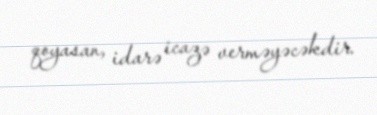
qoyasan, idarə icazə verməyəcəkdir.